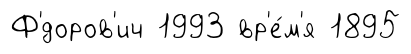
Ф'́доров'ич 1993 вр'е́м'я 1895